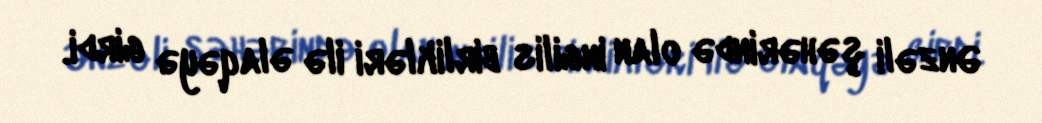
Ənzəli şəhərində olan ingilis birlikləri ilə əlaqəyə girdi.